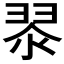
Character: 𮋀